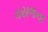
વરાળના